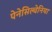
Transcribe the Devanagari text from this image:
पेनेसिल्वेनिया